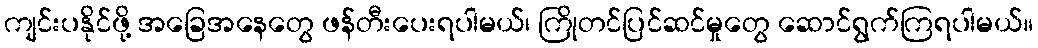
ကျင်းပနိုင်ဖို့ အခြေအနေတွေ ဖန်တီးပေးရပါမယ်၊ ကြိုတင်ပြင်ဆင်မှုတွေ ဆောင်ရွက်ကြရပါမယ်။